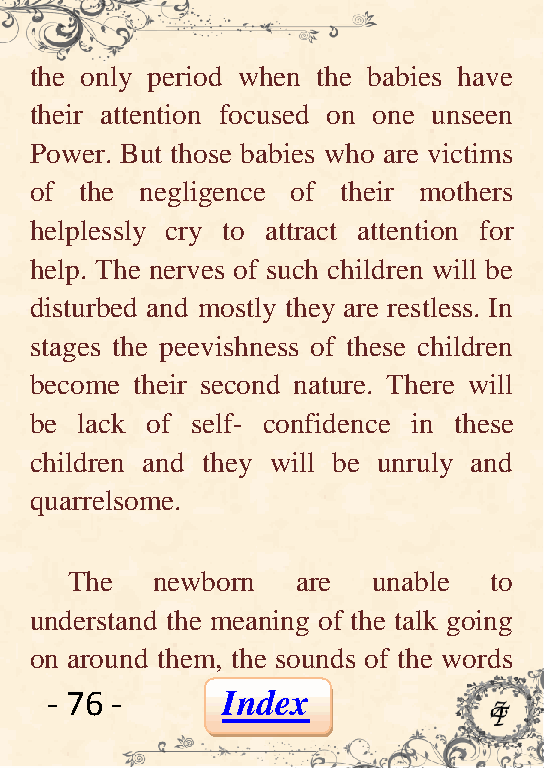
the only period when the babies have
 their attention focused on one unseen
 Power. But those babies who are victims
 of the negligence of their mothers
 helplessly cry to attract attention for
 help. The nerves of such children will be
 disturbed and mostly they are restless. In
 stages the peevishness of these children
 become their second nature. There will
 be lack of self- confidence in these
 children and they will be unruly and
 quarrelsome.
 The   newborn   are  unable to
 understand the meaning of the talk going
 on around them, the sounds of the words
 - 76 -      Index